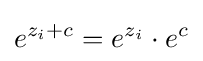
e^{z_{i}+c}=e^{z_{i}}\cdot e^{c}